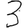
Digit: 3